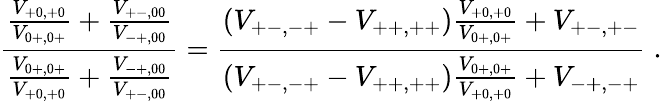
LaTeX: \frac{\frac{V_{+0,+0}}{V_{0+,0+}}+\frac{V_{+-,00}}{V_{-+,00}}}{\frac{V_{0+,0+}}{V_{+0,+0}}+\frac{V_{-+,00}}{V_{+-,00}}}=\frac{\left(V_{+-,-+}-V_{++,++}\right)\frac{V_{+0,+0}}{V_{0+,0+}}+V_{+-,+-}}{\left(V_{+-,-+}-V_{++,++}\right)\frac{V_{0+,0+}}{V_{+0,+0}}+V_{-+,-+}}\; .